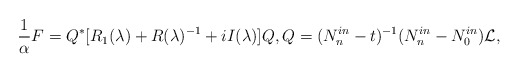
\begin{align*}\frac{1}{\alpha}F=Q^*[R_1(\lambda)+R(\lambda)^{-1}+iI(\lambda)]Q, Q=(N^{in}_n-t)^{-1}(N^{in}_n-N^{in}_0)\mathcal L,\end{align*}